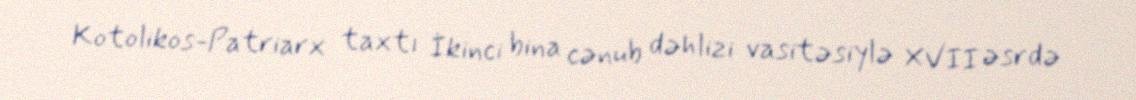
Kotolikos-Patriarx taxtı İkinci bina cənub dəhlizi vasitəsiylə XVII əsrdə